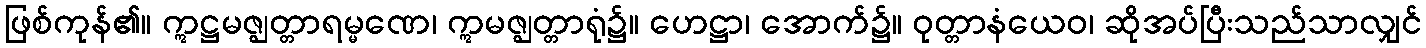
ဖြစ်ကုန်၏။ ဣဋ္ဌမဇ္ဈတ္တာရမ္မဏေ၊ ဣမဇ္ဈတ္တာရုံ၌။ ဟေဋ္ဌာ၊ အောက်၌။ ဝုတ္တာနံယေဝ၊ ဆိုအပ်ပြီးသည်သာလျှင်